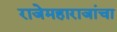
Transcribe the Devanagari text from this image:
राजेमहाराजांचा